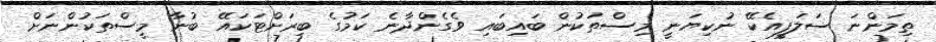
ތިމަންނަ ސަލަފީއެކޭ ނުކިޔަނީ މިސްތަކުން ބައިބައި ވެގެންދާނެ ކަމުގެ ބިރަށްޓަކައޭ ބުނާ މީސްތަކުންނަށް